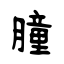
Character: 朣